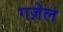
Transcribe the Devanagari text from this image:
गज़ेल